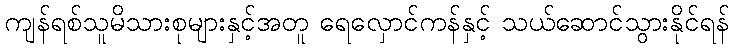
ကျန်ရစ်သူမိသားစုများနှင့်အတူ ရေလှောင်ကန်နှင့် သယ်ဆောင်သွားနိုင်ရန်